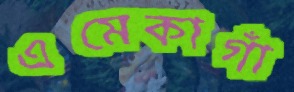
এমেকাগাঁ